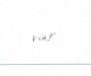
var.